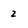
Character: 2